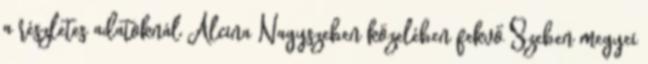
a részletes adatoknál Alcina Nagyszeben közelében fekvő Szeben megyei